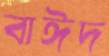
বাঈদ